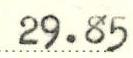
29.85